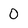
Character: 0